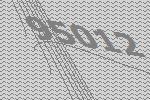
95012